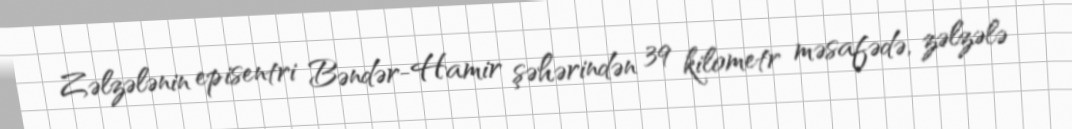
Zəlzələnin episentri Bəndər-Hamir şəhərindən 39 kilometr məsafədə, zəlzələ